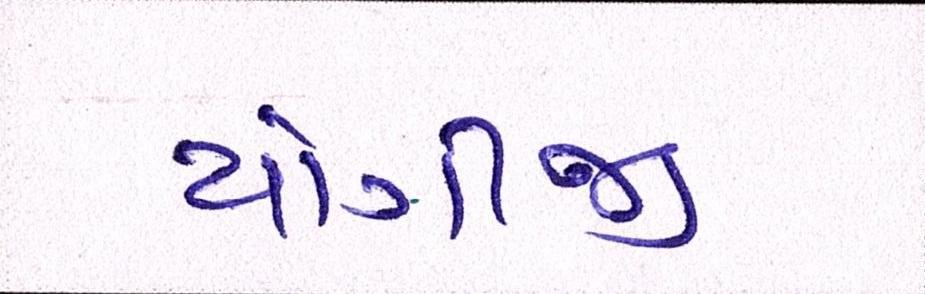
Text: યોગીજી